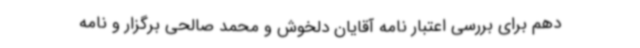
دهم برای بررسی اعتبار نامه آقایان دلخوش و محمد صالحی برگزار و نامه